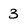
Character: 3